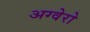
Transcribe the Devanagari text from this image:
अग्वेरो